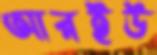
আরইউ